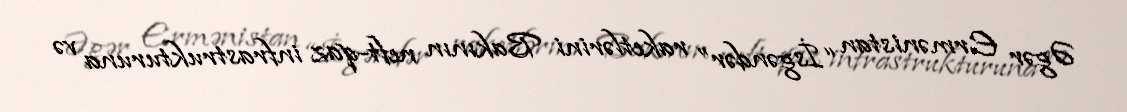
Əgər Ermənistan “İsgəndər” raketlərini Bakının neft-qaz infrastrukturuna və